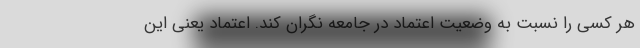
هر کسی را نسبت به وضعیت اعتماد در جامعه نگران کند. اعتماد یعنی این